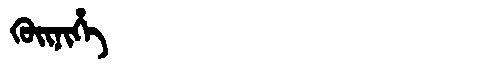
Manchu: ᡴᡠᡳᠨᡳᡥᡝ
Romanization: KUINIHE